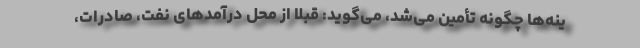
ینه‌ها چگونه تأمین می‌شد، می‌گوید: قبلا از محل درآمدهای نفت، صادرات،